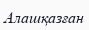
Алашқазған